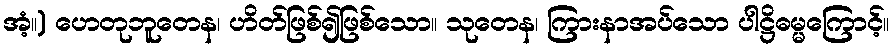
အံ့။) ဟေတုဘူတေန၊ ဟိတ်ဖြစ်၍ဖြစ်သော။ သုတေန၊ ကြားနာအပ်သော ပါဋ္ဌိဓမ္မကြောင့်။